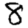
Digit: 8